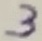
Text: 3